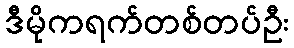
ဒီမိုကရက်တစ်တပ်ဦး